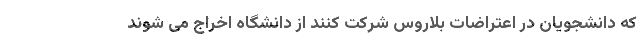
که دانشجویان در اعتراضات بلاروس شرکت کنند از دانشگاه اخراج می شوند